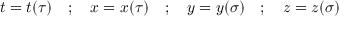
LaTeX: t = t ( \tau ) \quad ; \quad x = x ( \tau ) \quad ; \quad y = y ( \sigma ) \quad ; \quad z = z ( \sigma )